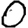
Digit: 0